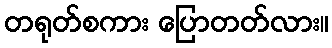
တရုတ်စကား ပြောတတ်လား။